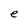
Character: e